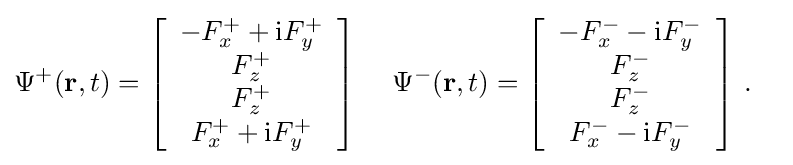
{\begin{aligned}\Psi ^{+}({\mathbf {r} },t)&=\left[{\begin{array}{c}-F_{x}^{+}+{\rm {i}}F_{y}^{+}\\F_{z}^{+}\\F_{z}^{+}\\F_{x}^{+}+{\rm {i}}F_{y}^{+}\end{array}}\right]\,\quad \Psi ^{-}({\mathbf {r} },t)=\left[{\begin{array}{c}-F_{x}^{-}-{\rm {i}}F_{y}^{-}\\F_{z}^{-}\\F_{z}^{-}\\F_{x}^{-}-{\rm {i}}F_{y}^{-}\end{array}}\right]\,.\end{aligned}}